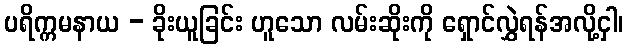
ပရိက္ကမနာယ - ခိုးယူခြင်း ဟူသော လမ်းဆိုးကို ရှောင်လွှဲရန်အလို့ငှါ၊